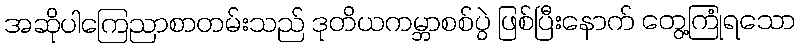
အဆိုပါကြေညာစာတမ်းသည် ဒုတိယကမ္ဘာစစ်ပွဲ ဖြစ်ပြီးနောက် တွေ့ကြုံရသော